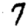
Digit: 7